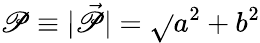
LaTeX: \mathscr{P}\equiv|\vec{{\mathscr{P}}}|=\sqrt{}{{a^{2}+b^{2}}}